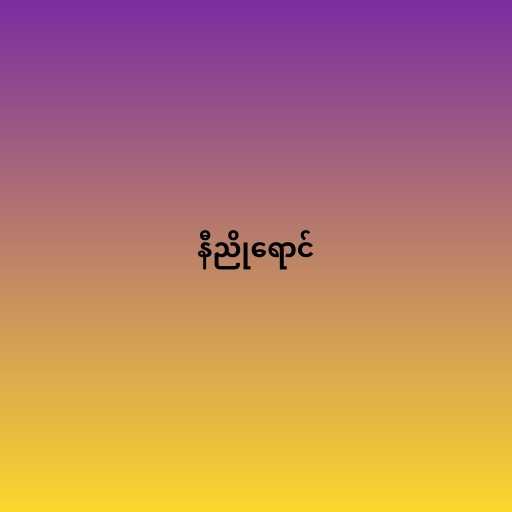
နီညိုရောင်